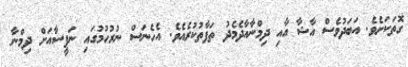
ގޮތަކަށެވެ. އަބަދުވެސް އާޝާ އާއި ދިމްނާއާދެމެދު ތަފާތުކުރެއެވެ. އެހެނަސް ނުރުހުމުގައި ނަފީސާއަށް ދިމްނާ